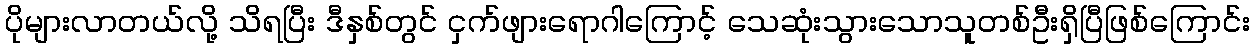
ပိုများလာတယ်လို့ သိရပြီး ဒီနှစ်တွင် ငှက်ဖျားရောဂါကြောင့် သေဆုံးသွားသောသူတစ်ဦးရှိပြီဖြစ်ကြောင်း